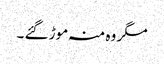
مگر وہ منہ موڑ گئے ۔